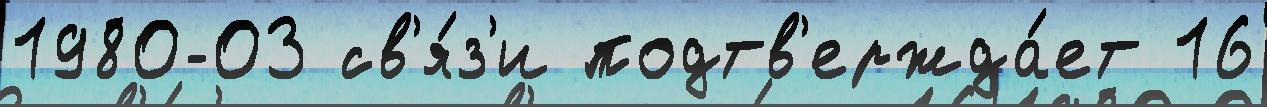
1980-03 св'я́з'и подтв'ержда́ет 16